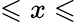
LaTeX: \leqslant x\leqslant